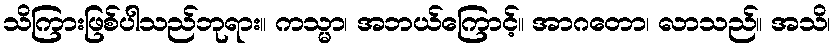
သိကြားဖြစ်ပါသည်ဘုရား။ ကသ္မာ၊ အဘယ်ကြောင့်။ အာဂတော၊ လာသည်။ အသိ၊